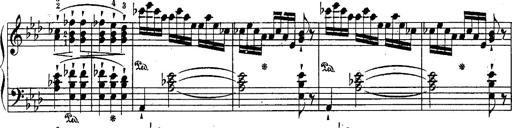
Title: Schubert's Impromptus [revised and edited by Franz Liszt]
Composer: Franz Liszt